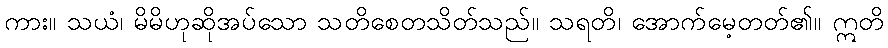
ကား။ သယံ၊ မိမိဟုဆိုအပ်သော သတိစေတသိတ်သည်။ သရတိ၊ အောက်မေ့တတ်၏။ ဣတိ